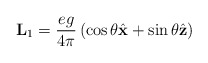
\begin{align*}{\bf L} _1 = {e g \over 4 \pi} \left( \cos \theta {\hat {\bf x}}+ \sin \theta {\hat {\bf z}} \right)\end{align*}